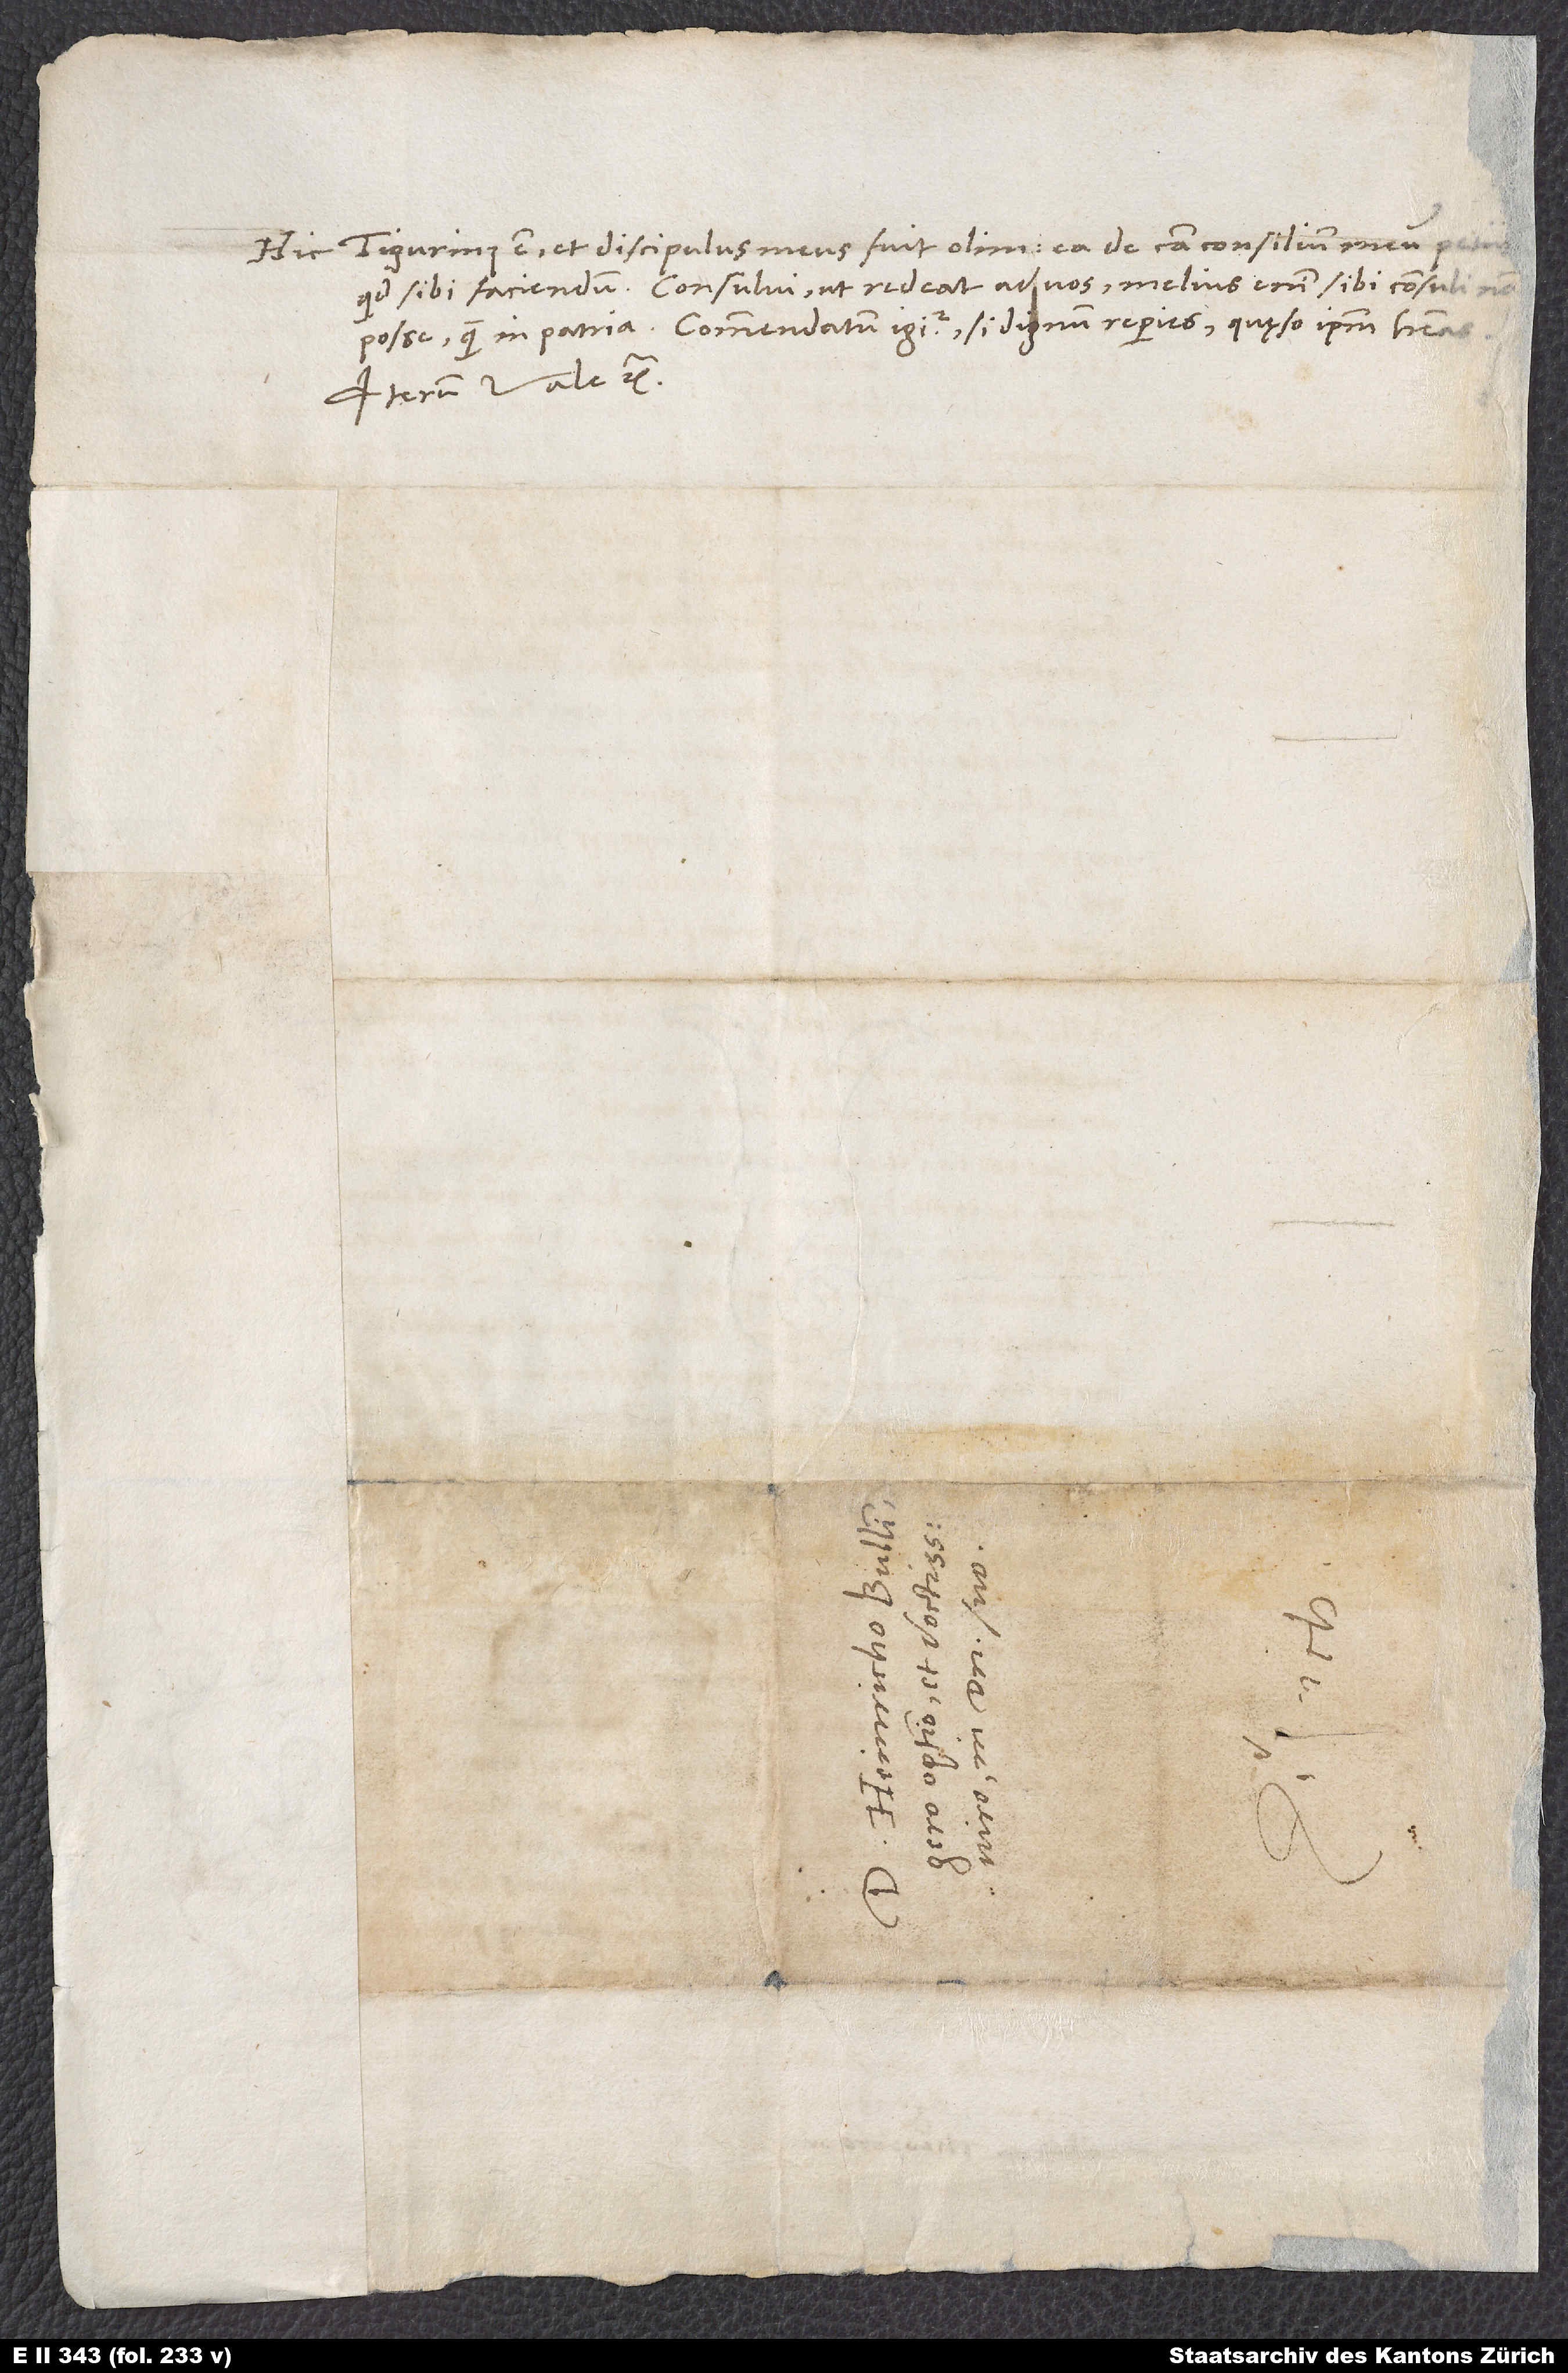
Hic Tigurinus est et discipulus meus fuit olim; ea de causa consilium meum
quid sibi faciendum. Consului, ut redeat ad vos; melius enim sibi consuli non
posse quam in patria. Commendatum igitur, si dignum reperies, quęso, ipsum habeas.
Iterum vale etc.
S.